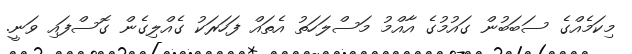
މިކަމެއްގެ ސަބަބުން ގައުމުގެ އާއްމު މަސްލަހަތު އެތައް ފަހަރަކު ގެއްލިގެން ގޮސްފައި ވަނީ.